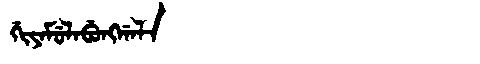
Manchu: ᡤᡳᠶᠠᠮᡠᠯᠠᠪᡠᠩᡤᠠᠯᠠ
Romanization: GIYAMULABUNGGALA